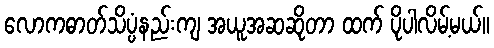
လောကဓာတ်သိပ္ပံနည်းကျ အယူအဆဆိုတာ ထက် ပိုပါလိမ့်မယ်။